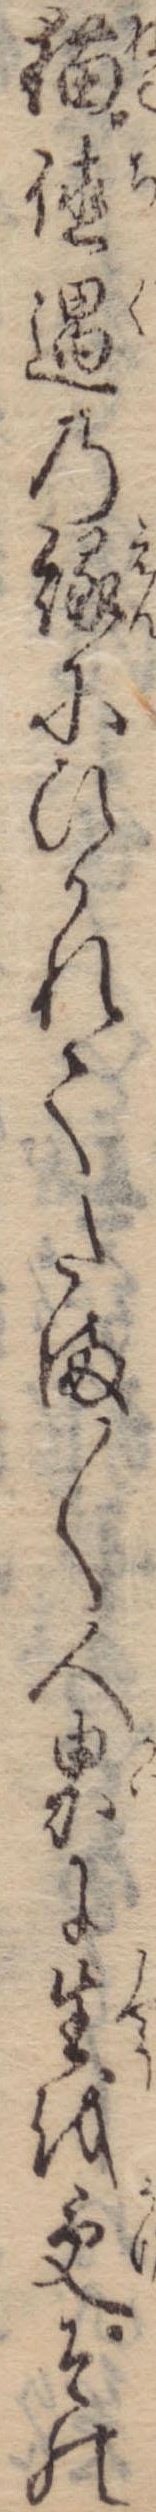
猫値遇の縁にひかれてたま〱人界に生を受その